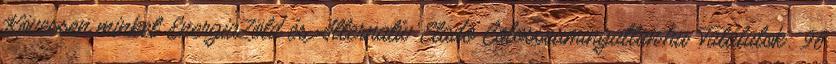
Kövessen minket EnergiaZöld és Alternatív Eladó Colosseumingatlan.hu Találatok: 96